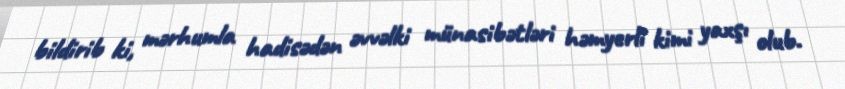
bildirib ki, mərhumla hadisədən əvvəlki münasibətləri həmyerli kimi yaxşı olub.